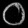
Digit: ၀